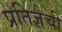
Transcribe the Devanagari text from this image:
प्रतिज्ञेची